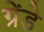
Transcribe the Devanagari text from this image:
ग्रेंडे